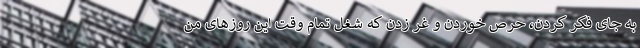
به جای فکر کردن، حرص خوردن و غر زدن که شغل تمام وقت این روزهای من